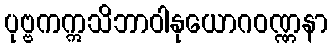
ပုဗ္ဗကဣသိဘာဝါနုယောဂဝဏ္ဏနာ